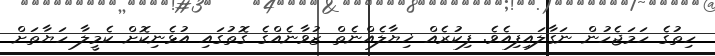
ހިތުގެ ހަމަޖެހުން ނަގާލައިފިއެވެ. ފިކުރެއް ޚިޔާލެއްނެތް ޒުވާނެއްގެ ގޮތުގައި އުޅެނިކޮށް ކެމީލާ ހަޔާތަށް